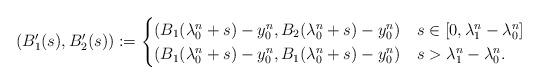
LaTeX: \begin{align*}(B^\prime_1(s), B^\prime_2(s)) := \begin{cases}(B_1(\lambda^n_0 + s) - y^n_0, B_2(\lambda^n_0 + s) - y^n_0) & s \in [0, \lambda^n_1 - \lambda^n_0]\\(B_1(\lambda^n_0 + s) - y^n_0,B_1(\lambda^n_0 + s) - y^n_0) & s > \lambda^n_1 - \lambda^n_0.\end{cases}\end{align*}